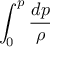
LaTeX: \int _ { 0 } ^ { p } { \frac { d p } { \rho { } } }